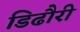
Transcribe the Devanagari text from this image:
डिढौरी